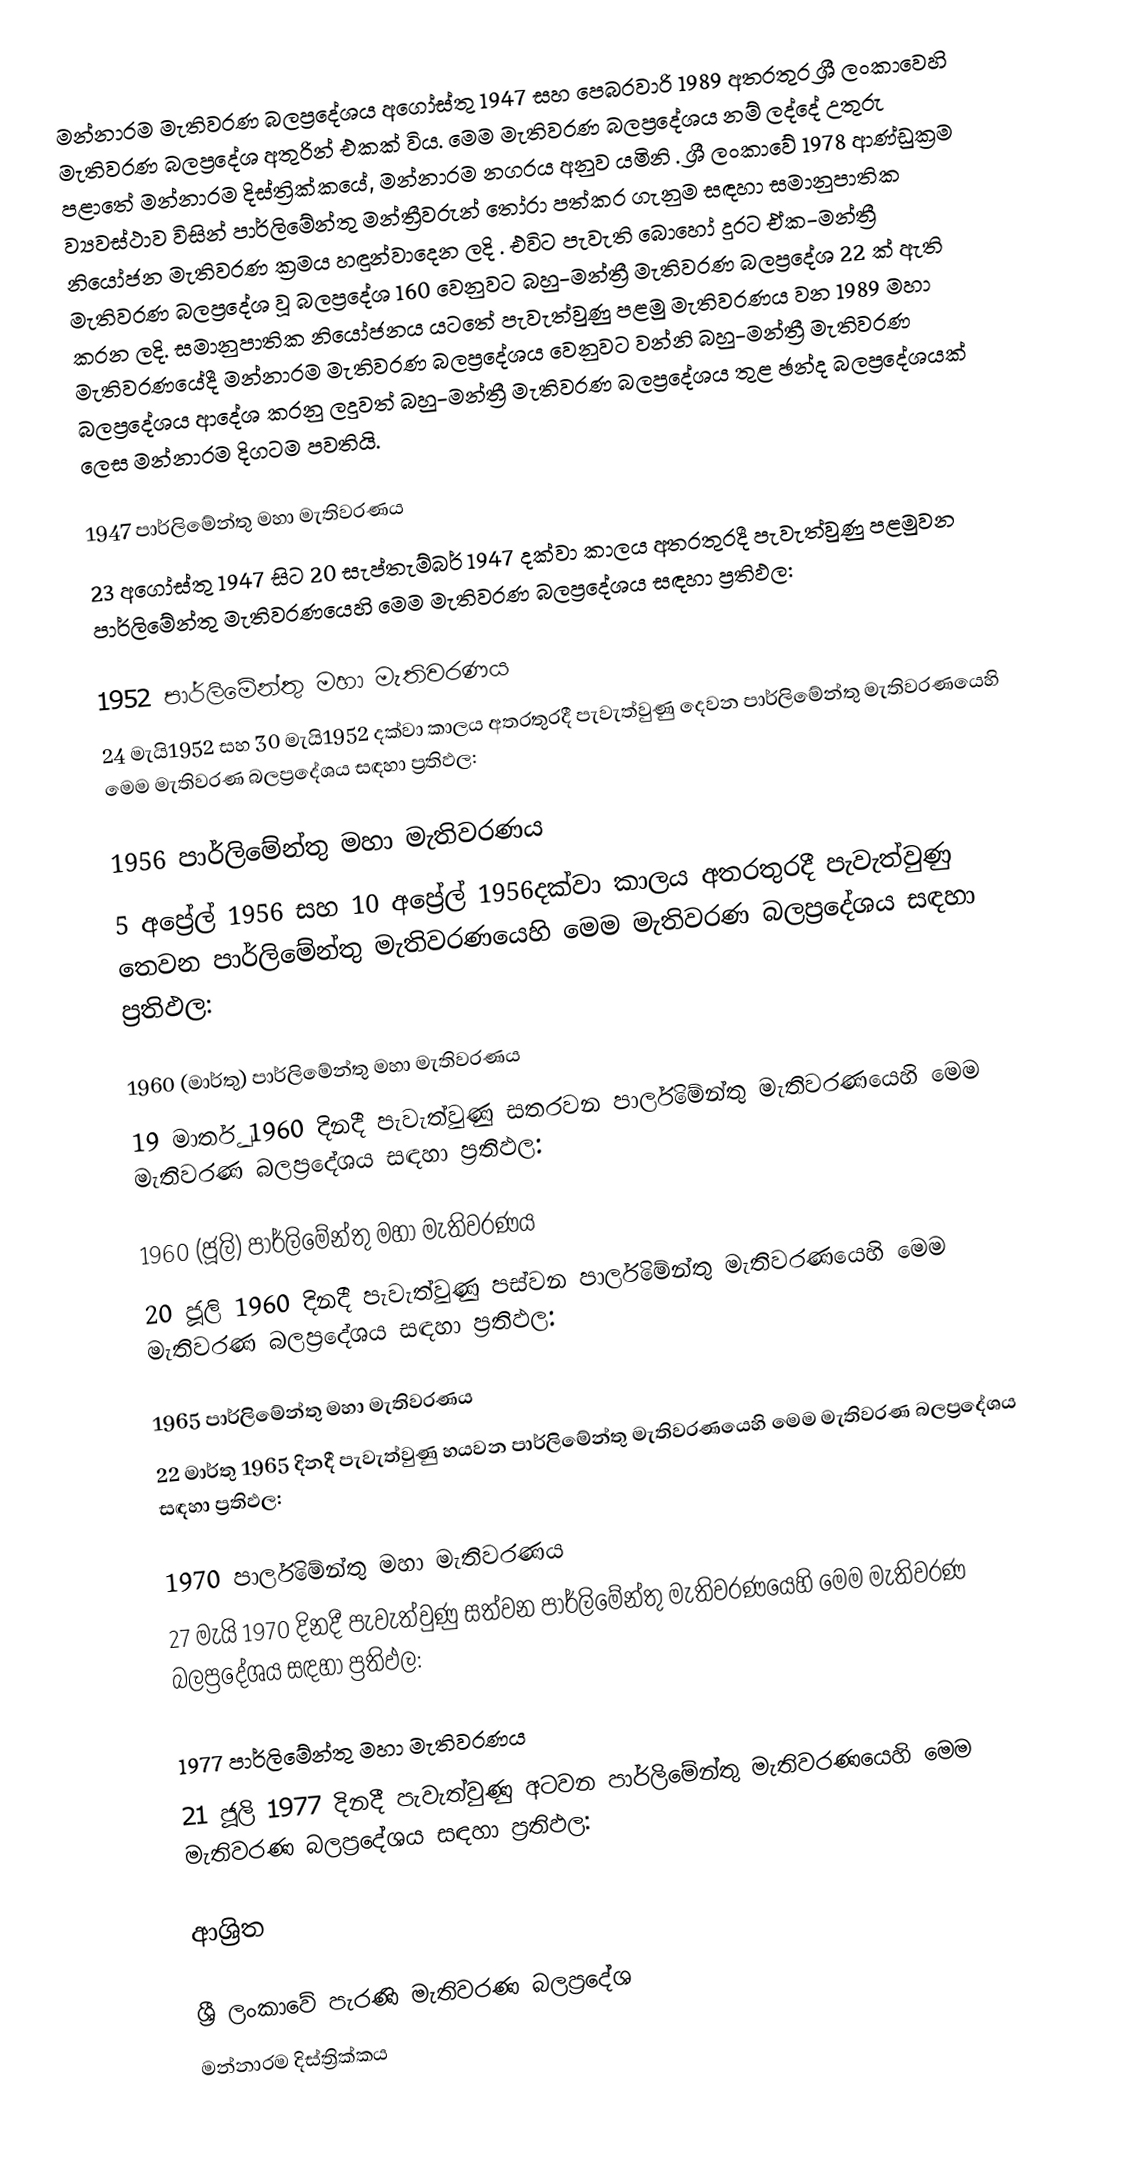
මන්නාරම මැතිවරණ බලප්‍රදේශය  අගෝස්තු 1947 සහ පෙබරවාරි 1989 අතරතුර  ශ්‍රී ලංකාවෙහි  මැතිවරණ බලප්‍රදේශ අතුරින් එකක් විය. මෙම මැතිවරණ බලප්‍රදේශය නම් ලද්දේ උතුරු පළාතේ  මන්නාරම දිස්ත්‍රික්කයේ,  මන්නාරම නගරය අනුව යමිනි . ශ්‍රී ලංකාවේ 1978 ආණ්ඩුක්‍රම ව්‍යවස්ථාව විසින්   පාර්ලිමේන්තු මන්ත්‍රීවරුන් තෝරා පත්කර ගැනුම සඳහා සමානුපාතික නියෝජන මැතිවරණ ක්‍රමය හඳුන්වාදෙන ලදි . එවිට පැවැති බොහෝ දුරට  ඒක-මන්ත්‍රී මැතිවරණ බලප්‍රදේශ වූ බලප්‍රදේශ 160 වෙනුවට බහු-මන්ත්‍රී මැතිවරණ බලප්‍රදේශ 22 ක් ඇති කරන ලදි. සමානුපාතික නියෝජනය යටතේ පැවැත්වුණු පළමු මැතිවරණය වන 1989 මහා මැතිවරණයේදී  මන්නාරම මැතිවරණ බලප්‍රදේශය වෙනුවට  වන්නි බහු-මන්ත්‍රී මැතිවරණ බලප්‍රදේශය  ආදේශ කරනු ලදුවත් බහු-මන්ත්‍රී මැතිවරණ බලප්‍රදේශය තුළ ඡන්ද බලප්‍රදේශයක් ලෙස මන්නාරම දිගටම පවතියි.

1947 පාර්ලිමේන්තු මහා මැතිවරණය
23 අගෝස්තු 1947 සිට 20 සැප්තැම්බර් 1947 දක්වා කාලය අතරතුරදී පැවැත්වුණු  පළමුවන පාර්ලිමේන්තු මැතිවරණයෙහි මෙම මැතිවරණ බලප්‍රදේශය සඳහා ප්‍රතිඵල:

1952 පාර්ලිමේන්තු මහා මැතිවරණය
24 මැයි1952 සහ 30 මැයි1952 දක්වා කාලය අතරතුරදී පැවැත්වුණු  දෙවන පාර්ලිමේන්තු මැතිවරණයෙහි මෙම මැතිවරණ බලප්‍රදේශය සඳහා ප්‍රතිඵල:

1956 පාර්ලිමේන්තු මහා මැතිවරණය
5 අප්‍රේල් 1956 සහ 10 අප්‍රේල් 1956දක්වා කාලය අතරතුරදී පැවැත්වුණු  තෙවන පාර්ලිමේන්තු මැතිවරණයෙහි මෙම මැතිවරණ බලප්‍රදේශය සඳහා ප්‍රතිඵල:

1960 (මාර්තු) පාර්ලිමේන්තු මහා මැතිවරණය
19 මාර්තු 1960 දිනදී පැවැත්වුණු  සතරවන පාර්ලිමේන්තු මැතිවරණයෙහි මෙම මැතිවරණ බලප්‍රදේශය සඳහා ප්‍රතිඵල:

1960 (ජූලි) පාර්ලිමේන්තු මහා මැතිවරණය
20 ජූලි 1960 දිනදී පැවැත්වුණු  පස්වන පාර්ලිමේන්තු මැතිවරණයෙහි මෙම මැතිවරණ බලප්‍රදේශය සඳහා ප්‍රතිඵල:

1965 පාර්ලිමේන්තු මහා මැතිවරණය
22 මාර්තු 1965  දිනදී පැවැත්වුණු  හයවන පාර්ලිමේන්තු මැතිවරණයෙහි මෙම මැතිවරණ බලප්‍රදේශය සඳහා ප්‍රතිඵල:

1970 පාර්ලිමේන්තු මහා මැතිවරණය
27 මැයි 1970 දිනදී පැවැත්වුණු  සත්වන පාර්ලිමේන්තු මැතිවරණයෙහි මෙම මැතිවරණ බලප්‍රදේශය සඳහා ප්‍රතිඵල:

1977 පාර්ලිමේන්තු මහා මැතිවරණය
21 ජූලි 1977 දිනදී පැවැත්වුණු  අටවන පාර්ලිමේන්තු මැතිවරණයෙහි මෙම මැතිවරණ බලප්‍රදේශය සඳහා ප්‍රතිඵල:

ආශ්‍රිත

ශ්‍රී ලංකාවේ පැරණි මැතිවරණ බලප්‍රදේශ
මන්නාරම දිස්ත්‍රික්කය